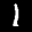
Label: 1